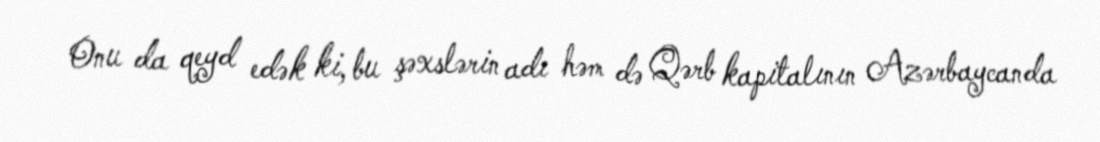
Onu da qeyd edək ki, bu şəxslərin adı həm də Qərb kapitalının Azərbaycanda